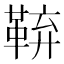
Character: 𮧜